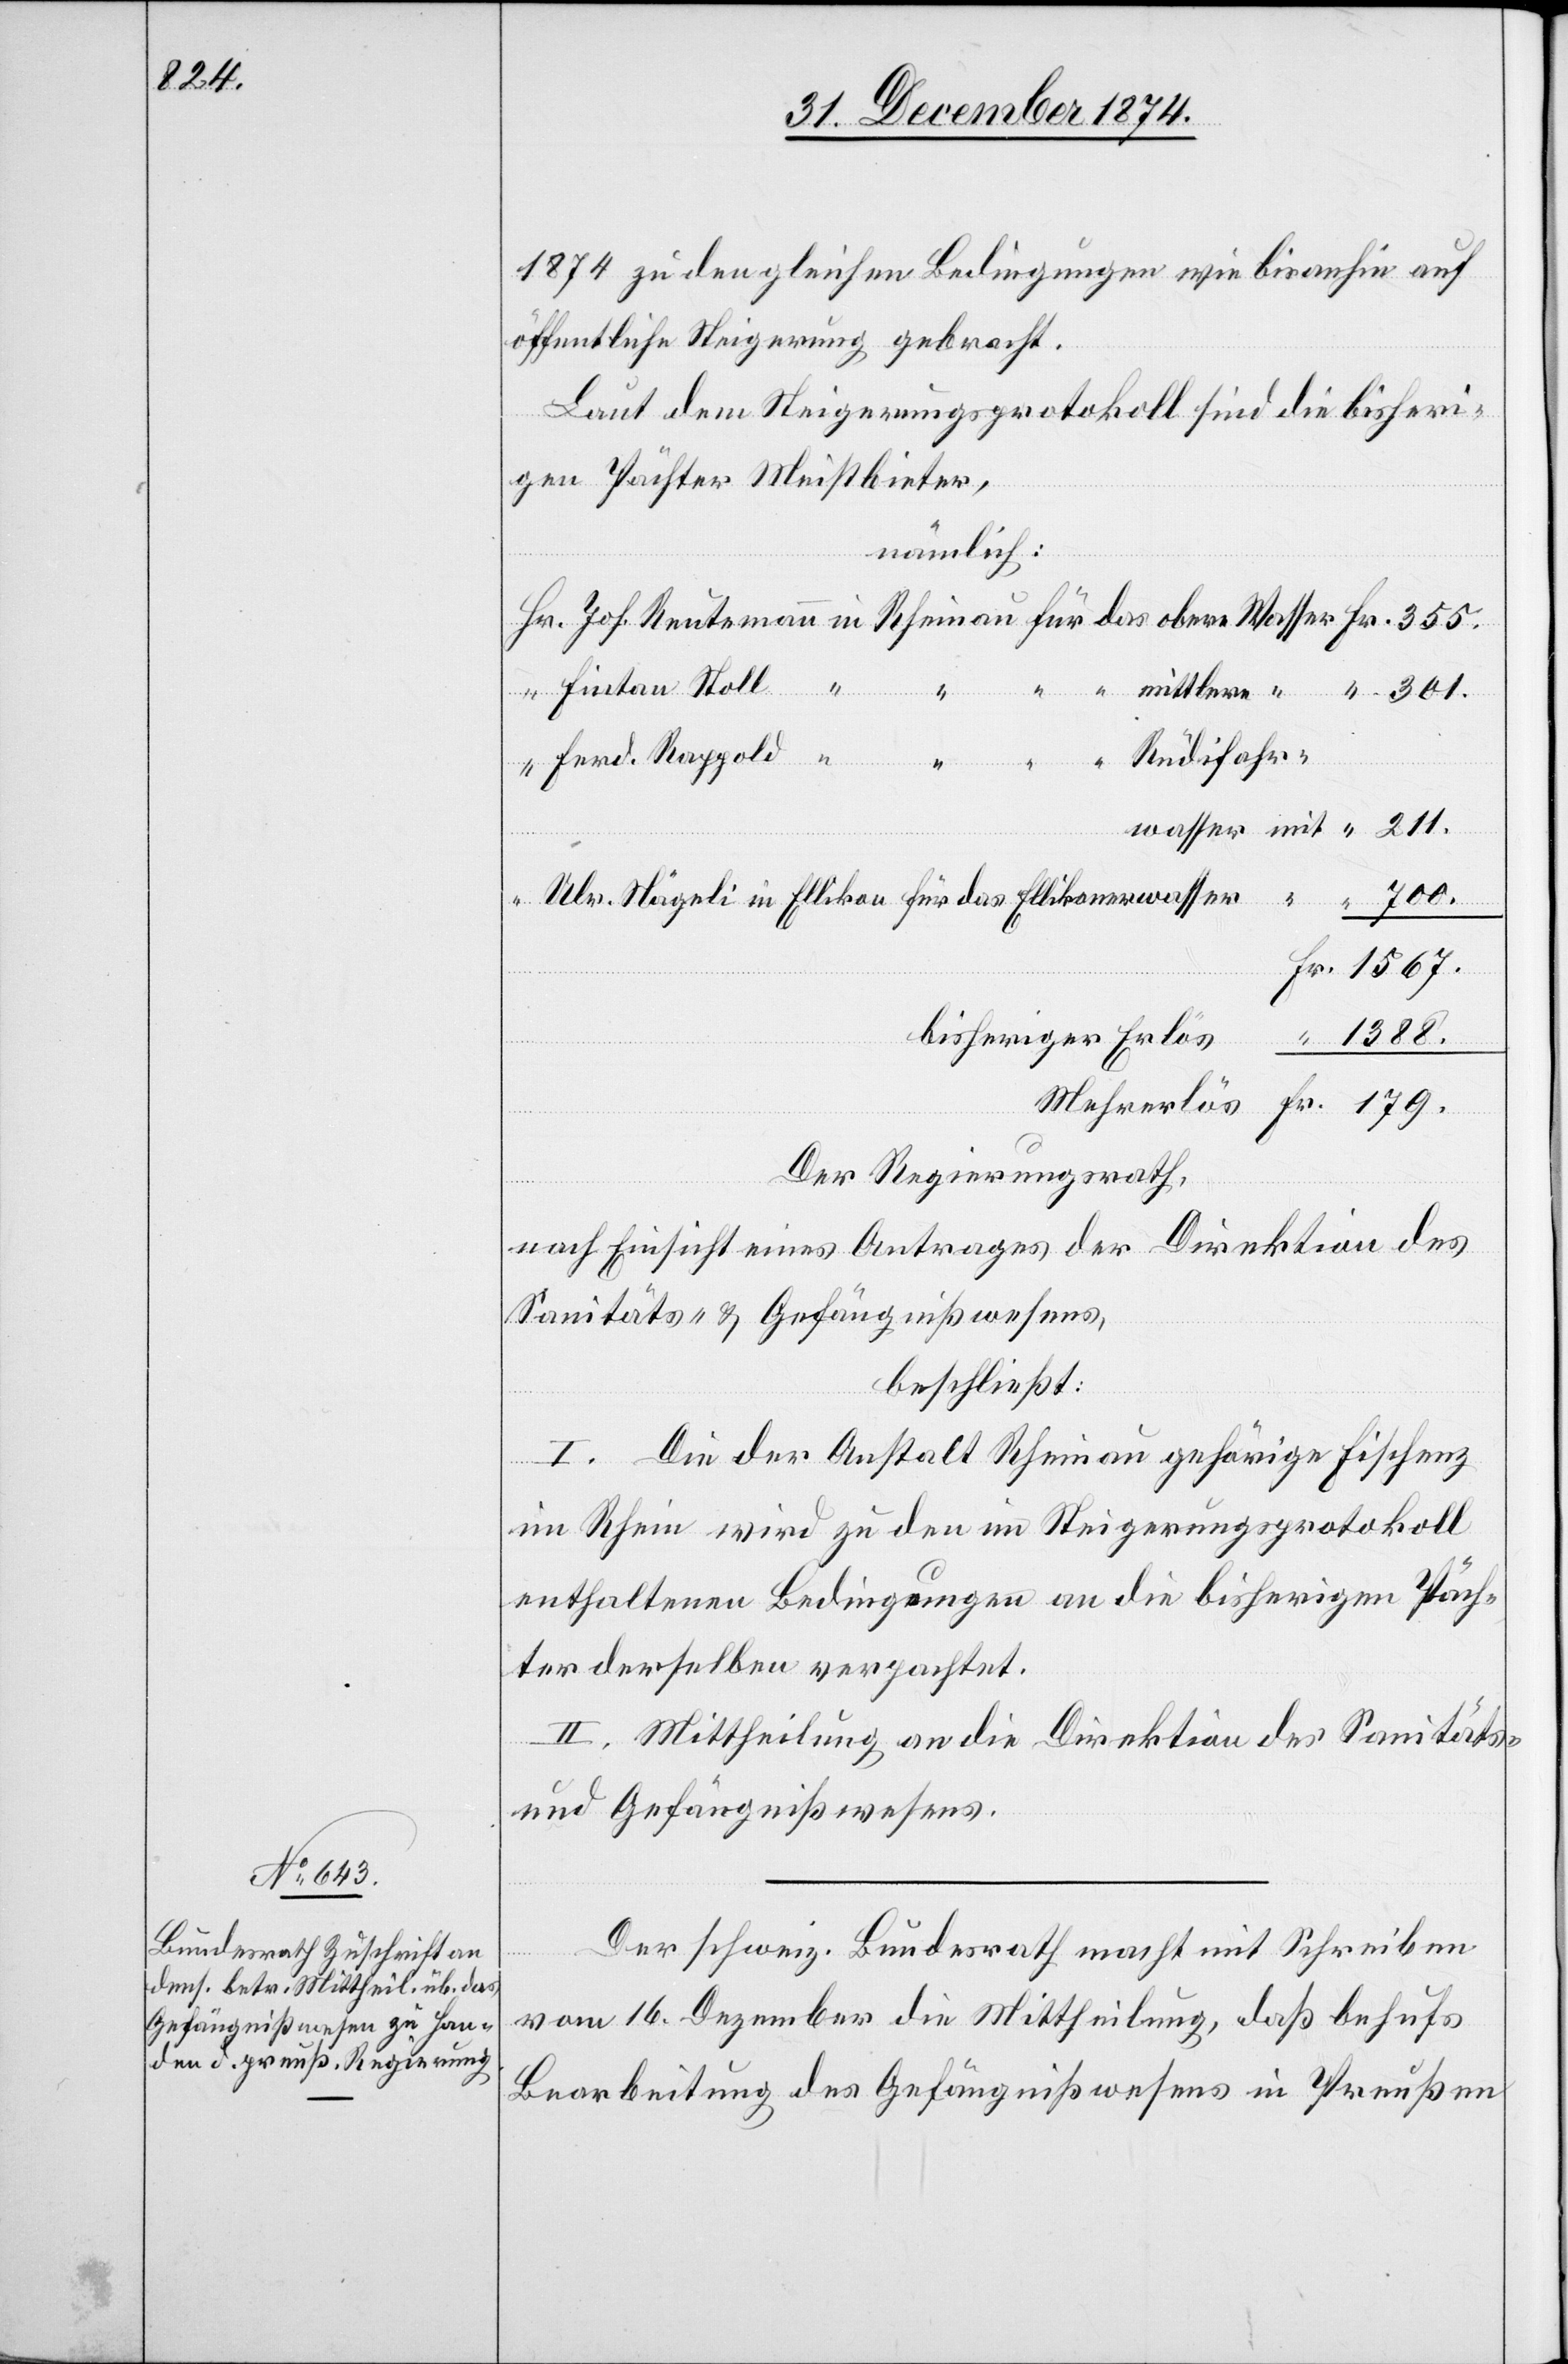
1388.

1874 zu den gleichen Bedingungen wie bisanhin auf
öffentliche Steigerung gebracht.
Laut dem Steigerungsprotokoll sind die bisheri¬
gen Pächter Meistbieter,
nämlich:
Rüdifahr¬
Der Regierungsrath,
Mehrerlös
nach Einsicht eines Antrages der Direktion des
Sanitäts- & Gefängnißwesens,
beschließt:
I. Die der Anstalt Rheinau gehörige Fischenz
in
im Rhein wird zu den im Steigerungsprotokoll
enthaltenen Bedingungen an die bisherigen Päch¬
ter derselben verpachtet.
II. Mittheilung an die Direktion des Sanitäts-
und Gefängnißwesens.
Der schweiz. Bundesrath macht mit Schreiben
vom 16. Dezember die Mittheilung, daß behufs
Bearbeitung des Gefängnißwesens in Preußen